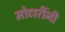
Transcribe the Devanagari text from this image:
मोटारींनी